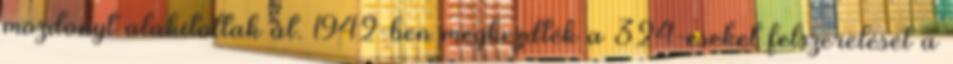
mozdonyt alakítottak át. 1942-ben megkezdték a 324-eseket felszerelését a